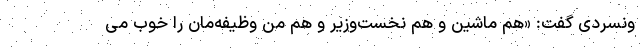
ونسردی گفت: «هم ماشین و هم نخست‌وزیر و هم من وظیفه‌مان را خوب می‌